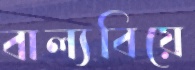
বাল্যবিয়ে